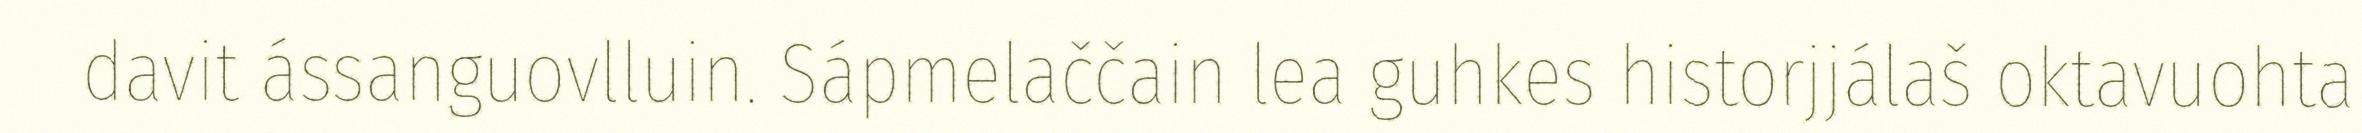
davit ássanguovlluin. Sápmelaččain lea guhkes historjjálaš oktavuohta